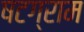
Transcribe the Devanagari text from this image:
षटग्राम